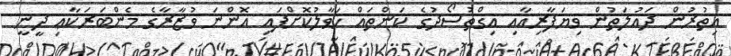
އިތުރުން ދައުލަތުން ވިޔަފާރިއާއި އިގްތުސޯދުގެ ކަންތައް ހަވާލުކޮށްފައި އޮންނަ ވުޒާރާގެ މެންބަރަކާޢި ދީނީ